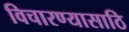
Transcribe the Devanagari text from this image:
विचारण्यासाठि